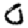
Digit: 0